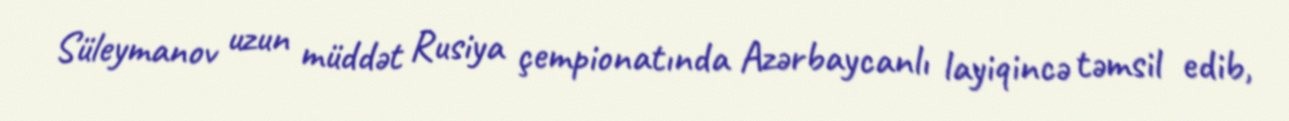
Süleymanov uzun müddət Rusiya çempionatında Azərbaycanlı layiqincə təmsil edib,